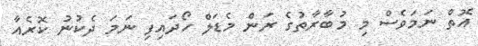
އޮތް ނަމަވެސް މި މުބާރާތުގެ ރަން މެޑަލް ހޯދައިފި ނަމަ ދެކުނު ކޮރެއާ